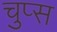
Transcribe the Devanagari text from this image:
चुप्स